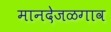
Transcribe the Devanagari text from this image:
मानदेजळगाव